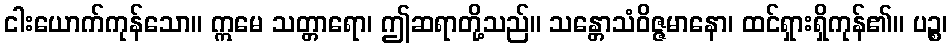
ငါးယောက်ကုန်သော။ ဣမေ သတ္တာရော၊ ဤဆရာတို့သည်။ သန္တောသံဝိဇ္ဇမာနော၊ ထင်ရှားရှိကုန်၏။ ပဉ္စ၊